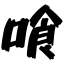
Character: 喰